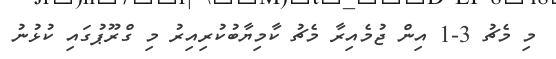
މި މެޗު 3-1 އިން ޖުމެއިރާ މެޗު ކާމިޔާބުކުރިއިރު މި ގްރޫޕުގައި ކުޅުނު